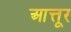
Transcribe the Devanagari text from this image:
आत्तूर